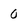
Character: 0